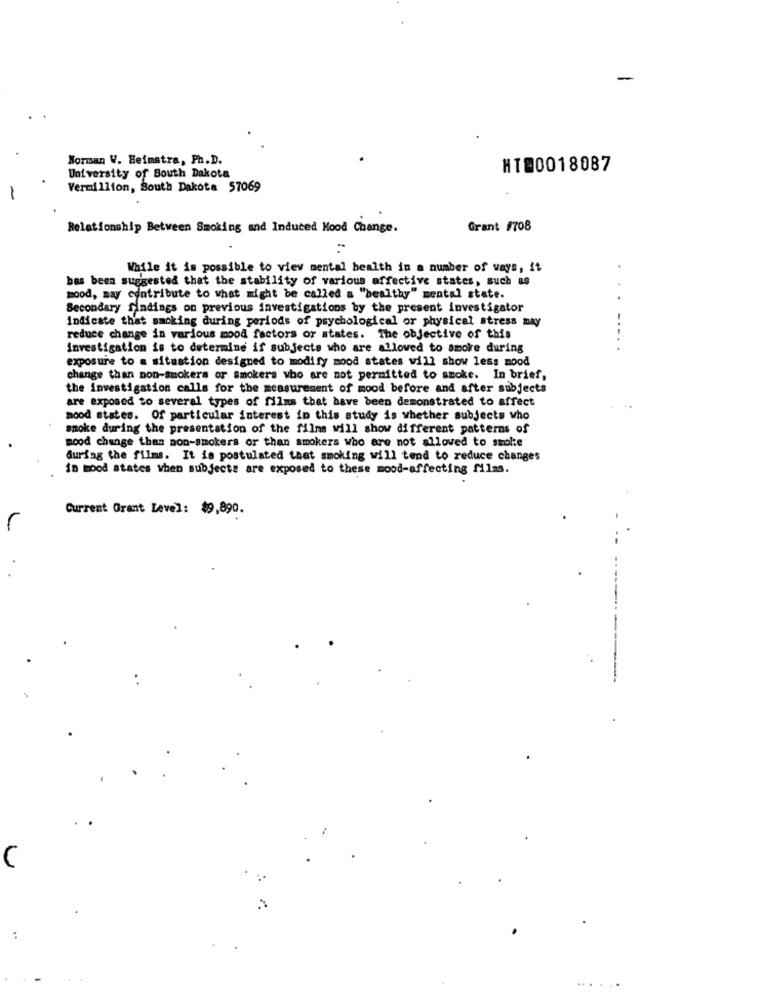
Norman V. Heimstra, Ph.D.
University of South Dakota
HT@0018087
Vermillion, South Dakota 57069
Relationship Between Smoking and Induced Hood Change.
Grant #708
While it is possible to view mental health in a number of ways, it
.
bas been suggested that the stability of various affective states, such as
mood, may contribute to what might be called a "healthy" mental state.
Secondary findings on previous investigations by the present investigator
Indicate that smoking during periods of psychological or physical stress may
reduce change in various mood factors or states. The objective of this
-...
investigation is to determine if subjects who are allowed to smoke during
exposure to a situation designed to modify mood states will show less mood
change than non-smokers or smokers who are not permitted to smoke. In brief,
the investigation calls for the measurement of mood before and after subjects
are exposed to several types of films that have been demonstrated to affect
mood states. Of particular interest in this study is whether subjects who
smoke during the presentation of the films will show different patterns of
mood change than non-smokers or than smokers who are not allowed to stolte
during the films. It is postulated that smoking will tend to reduce changes
in mood states when subjects are exposed to these mood-affecting films.
Current Orant Level: $9,890.
C
..